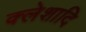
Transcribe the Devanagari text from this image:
क्लेशादि